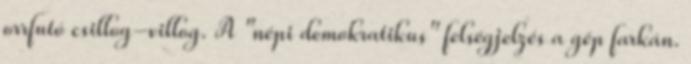
orrfutó csillog-villog. A "népi demokratikus" felségjelzés a gép farkán.